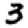
Digit: 3